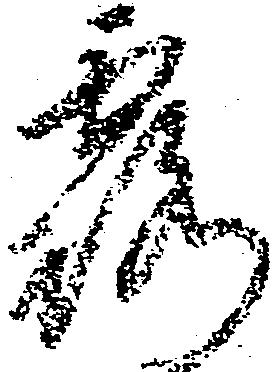
露